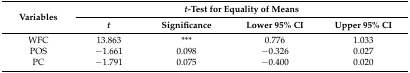
<table><thead><tr><td rowspan="2"><b>Variables </b></td><td colspan="4"><b><i>t</i>-Test for Equality of Means</b></td></tr><tr><td><b><i>t</i></b></td><td><b>Significance</b></td><td><b>Lower 95% CI</b></td><td><b>Upper 95% CI</b></td></tr></thead><tbody><tr><td>WFC</td><td>13.863</td><td>***</td><td>0.776</td><td>1.033</td></tr><tr><td>POS</td><td>−1.661</td><td>0.098</td><td>−0.326</td><td>0.027</td></tr><tr><td>PC</td><td>−1.791</td><td>0.075</td><td>−0.400</td><td>0.020</td></tr></tbody></table>